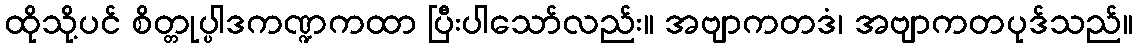
ထိုသို့ပင် စိတ္တုပ္ပါဒကဏ္ဍကထာ ပြီးပါသော်လည်း။ အဗျာကတဒံ၊ အဗျာကတပုဒ်သည်။